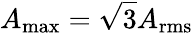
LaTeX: A_{\operatorname*{max}}=\sqrt{3}A_{\mathrm{rms}}